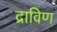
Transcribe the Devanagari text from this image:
द्राविण